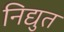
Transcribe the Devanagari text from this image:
निद्युत